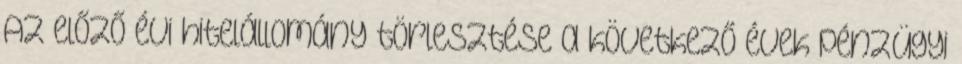
Az előző évi hitelállomány törlesztése a következő évek pénzügyi